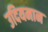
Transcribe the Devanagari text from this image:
उदियमान